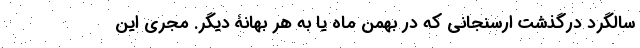
سالگرد درگذشت ارسنجانی که در بهمن ماه یا به هر بهانۀ دیگر. مجری این